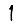
Digit: 1